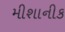
મીશાનીક